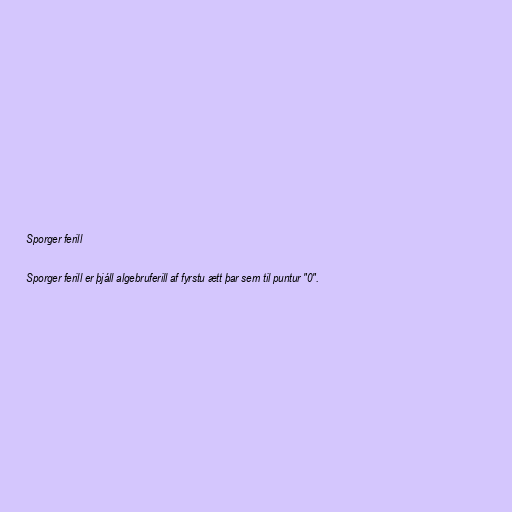
Sporger ferill

Sporger ferill er þjáll algebruferill af fyrstu ætt þar sem til puntur "0".